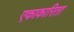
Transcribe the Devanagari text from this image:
एकाकारिता